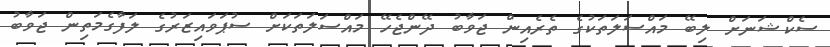
ސެކްޝަނަށް ލިބޭ މައްސަލަތަކުގެ ތެރެއިން ޖަވާބު ދޭންޖެހޭ މައްސަލަތަކަށް ސުޕަވައިޒަރުގެ ލަފާގެމަތިން ޖަވާބު